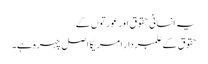
یہ انسانی حقوق اور عورتوں کے
حقوق کے علمبردار امریکا اصل چہرہ ہے۔